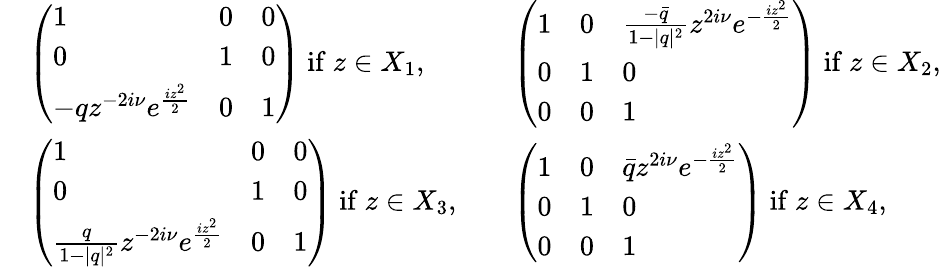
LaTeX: \begin{array}{rlrl}&{\left(\begin{array}{lll}{1}&{0}&{0}\\ {0}&{1}&{0}\\ {-qz^{-2i\nu}e^{\frac{iz^{2}}{2}}}&{0}&{1}\end{array}\right)\mathrm{~if~}z\in X_{1},}&&{\left(\begin{array}{lll}{1}&{0}&{\frac{-\bar{q}}{1-|q|^{2}}z^{2i\nu}e^{-\frac{iz^{2}}{2}}}\\ {0}&{1}&{0}\\ {0}&{0}&{1}\end{array}\right)\mathrm{~if~}z\in X_{2},}\\ &{\left(\begin{array}{lll}{1}&{0}&{0}\\ {0}&{1}&{0}\\ {\frac{q}{1-|q|^{2}}z^{-2i\nu}e^{\frac{iz^{2}}{2}}}&{0}&{1}\end{array}\right)\mathrm{~if~}z\in X_{3},}&&{\left(\begin{array}{lll}{1}&{0}&{\bar{q}z^{2i\nu}e^{-\frac{iz^{2}}{2}}}\\ {0}&{1}&{0}\\ {0}&{0}&{1}\end{array}\right)\mathrm{~if~}z\in X_{4},}\end{array}